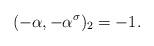
LaTeX: \begin{align*}(-\alpha,-\alpha^\sigma)_2=-1.\end{align*}